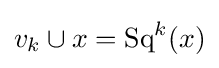
v_{k}\cup x=\operatorname {Sq} ^{k}(x)